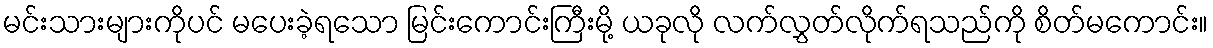
မင်းသားများကိုပင် မပေးခဲ့ရသော မြင်းကောင်းကြီးမို့ ယခုလို လက်လွှတ်လိုက်ရသည်ကို စိတ်မကောင်း။